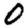
Digit: 0